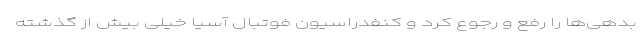
بدهی‌ها را رفع و رجوع کرد و کنفدراسیون فوتبال آسیا خیلی بیش از گذشته